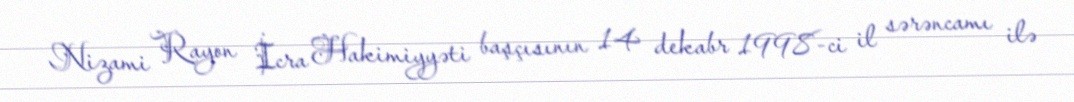
Nizami Rayon İcra Hakimiyyəti başçısının 14 dekabr 1998-ci il sərəncamı ilə